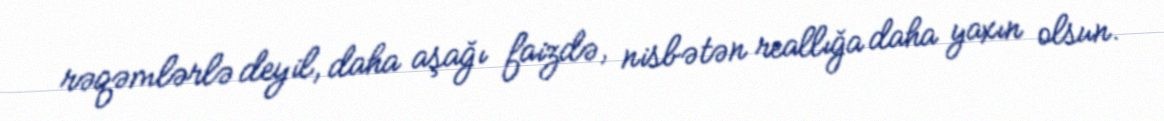
rəqəmlərlə deyil, daha aşağı faizdə, nisbətən reallığa daha yaxın olsun.